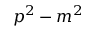
p ^ { 2 } - m ^ { 2 }